Report on the Nagpur School of Medicine, Central Provinces
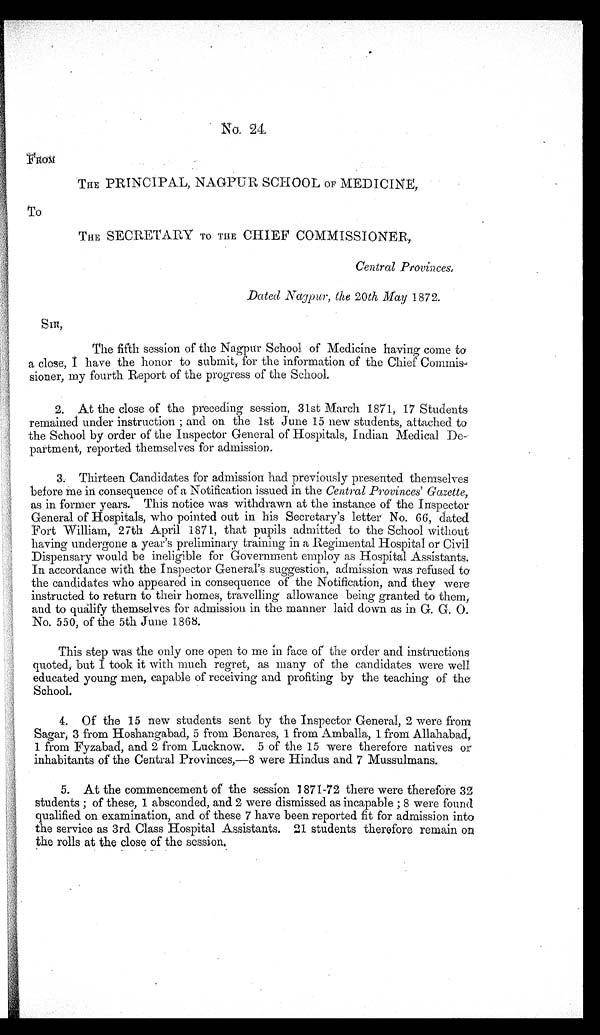
No. 24.
FROM
THE PRINCIPAL, NAGPUR SCHOOL OF MEDICINE,
To
THE SECRETARY TO THE CHIEF COMMISSIONER,
Central Provinces,
Dated Nagpur, the 20th May 1872.
SIR,
The fifth session of the Nagpur School of Medicine having come to
a close, I have the honor to submit, for the information of the Chief Commis-
sioner, my fourth Report of the progress of the School.
2. At the close of the preceding session, 31st March 1871, 17 Students
remained under instruction; and on the 1st June 15 new students, attached to
the School by order of the Inspector General of Hospitals, Indian Medical De-
partment, reported themselves for admission.
3. Thirteen Candidates for admission had previously presented themselves
before me in consequence of a Notification issued in the Central Provinces' Gazette,
as in former Years. This notice was withdrawn at the instance of the Inspector
General of Hospitals, who pointed out in his Secretary's letter No. 66, dated
Fort William, 27th April 1871, that pupils admitted to the School without
having undergone a year's preliminary training in a Regimental Hospital or Civil
Dispensary would be ineligible for Government employ as Hospital Assistants.
In accordance with the Inspector General's suggestion, admission was refused to
the candidates who appeared in consequence of the Notification, and they were
instructed to return to their homes, travelling allowance being granted to them,
and to qualify themselves for admission in the manner laid down as in G. G. O.
No. 550, of the 5th June 1868.
This step was the only one open to me in face of the order and instructions
quoted, but I took it with much regret, as many of the candidates were well
educated young men, capable of receiving and profiting by the teaching of the
School.
4. Of the 15 new students sent by the Inspector General, 2 were from
Sagar, 3 from Hoshangabad, 5 from Benares, 1 from Amballa, 1 from Allahabad,
1 from Fyzabad, and 2 from Lucknow. 5 of the 15 were therefore natives or
inhabitants of the Central Provinces,-8 were Hindus and 7 Mussulmans.
5. At the commencement of the session 1871-72 there were therefore 32
students; of these, 1 absconded, and 2 were dismissed as incapable; 8 were found
qualified on examination, and of these 7 have been reported fit for admission into
the service as 3rd Class Hospital Assistants. 21 students therefore remain on
the rolls at the close of the session.